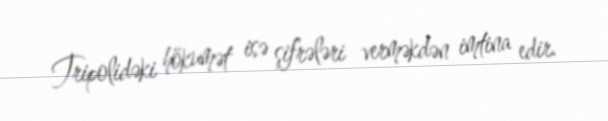
Tripolidəki hökumət isə şifrələri verməkdən imtina edir.